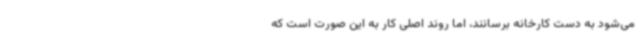
می‌شود به دست کارخانه برسانند، اما روند اصلی کار به این صورت است که